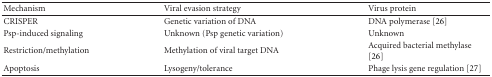
<table><thead><tr><td><b>Mechanism</b></td><td><b>Viral evasion strategy</b></td><td><b>Virus protein</b></td></tr></thead><tbody><tr><td>CRISPER</td><td>Genetic variation of DNA</td><td>DNA polymerase [26]</td></tr><tr><td>Psp-induced signaling</td><td>Unknown (Psp genetic variation)</td><td>Unknown</td></tr><tr><td>Restriction/methylation</td><td>Methylation of viral target DNA</td><td>Acquired bacterial methylase [26]</td></tr><tr><td>Apoptosis</td><td>Lysogeny/tolerance</td><td>Phage lysis gene regulation [27]</td></tr></tbody></table>